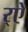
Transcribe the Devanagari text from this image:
र्‌ऐ